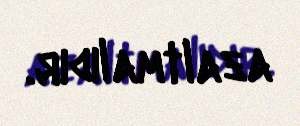
azaltmalıdır.